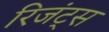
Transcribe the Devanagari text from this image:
रिजंट्स